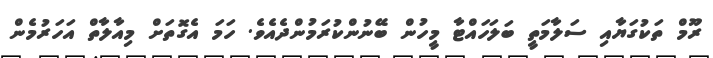
ރޫމް ތަކުގަޔާއި ސަލާމަތީ ބަލަހައްޓާ މީހުން ބޭނުންކުރަމުންދެއެވެ. ހަމަ އެގޮތަށް މިއާލާތް އަހަރުމެން